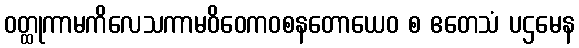
ဝတ္ထုကာမကိလေသကာမဝိဝေကဝစနတောယေဝ စ ဧတေသံ ပဌမေန